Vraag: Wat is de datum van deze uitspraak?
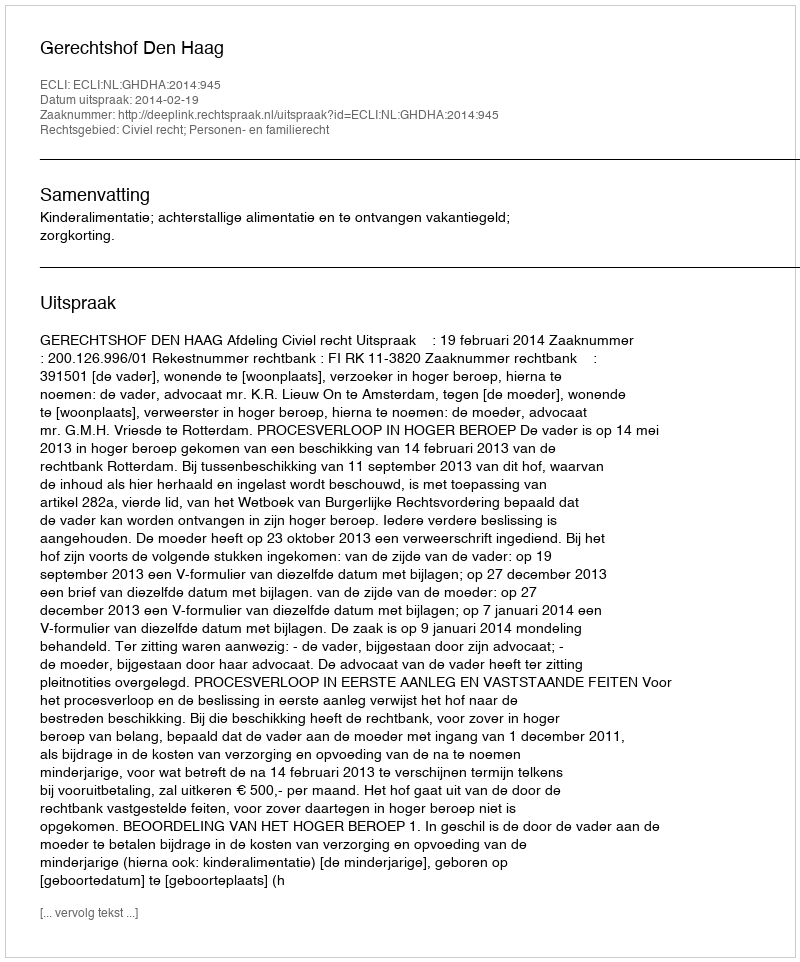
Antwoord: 2014-02-19